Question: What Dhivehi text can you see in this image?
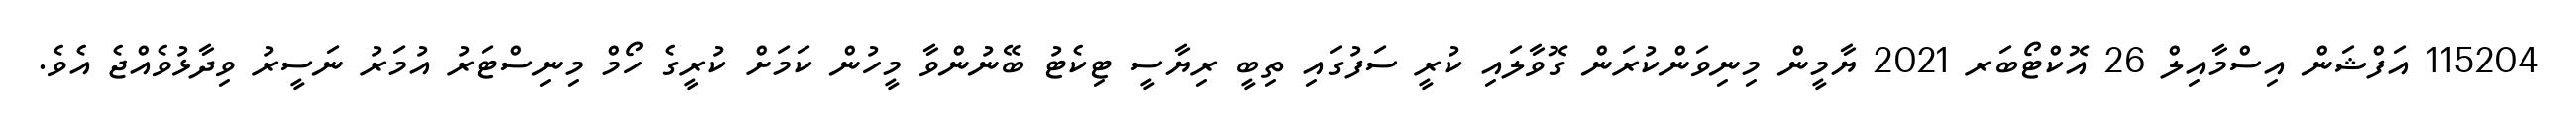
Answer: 115204 އަފްޝަން އިސްމާއިލް 26 އޮކްޓޯބަރ 2021 ޔާމީން މިނިވަންކުރަން ގޮވާލައި ކުރީ ސަފުގައި ތިބީ ރިޔާސީ ޓިކެޓު ބޭނުންވާ މީހުން ކަމަށް ކުރީގެ ހޯމް މިނިސްޓަރު އުމަރު ނަސީރު ވިދާޅުވެއްޖެ އެވެ.